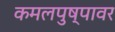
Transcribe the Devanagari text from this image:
कमलपुष्पावर